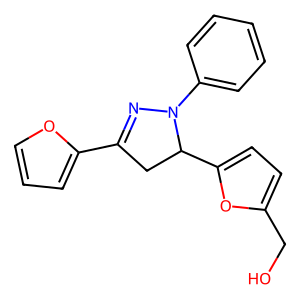
SMILES: OCc1ccc(C2CC(c3ccco3)=NN2c2ccccc2)o1
Inhibits HIV replication: No